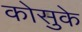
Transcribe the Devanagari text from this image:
कोसुके